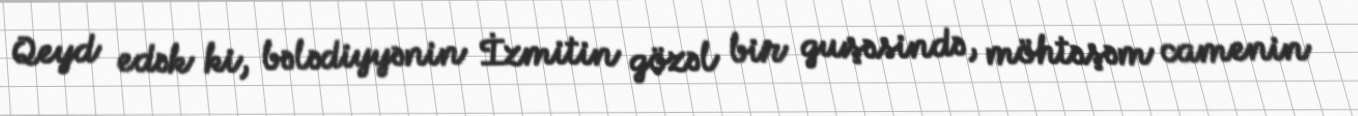
Qeyd edək ki, bələdiyyənin İzmitin gözəl bir guşəsində, möhtəşəm camenin